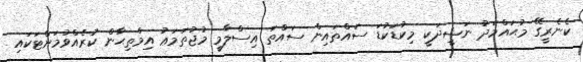
ކެނެރީގޭ މުޙައްމަދު ނަޝީދަކީ މިކުޑަކުޑަ ސައްތައިން ސައްތަ އިސްލާމީ މުޖުތަމަޢު އިމްތިޙާން ކުރެއްވުމަށްޓަކައި